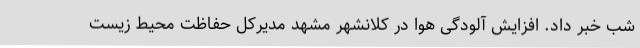
شب خبر داد. افزایش آلودگی هوا در کلانشهر مشهد مدیرکل حفاظت محیط زیست